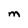
Character: M